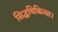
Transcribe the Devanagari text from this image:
सिद्धचिकित्सा।